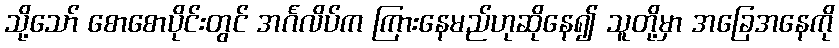
သို့သော် စောစောပိုင်းတွင် အင်္ဂလိပ်က ကြားနေမည်ဟုဆိုနေ၍ သူတို့မှာ အခြေအနေကို